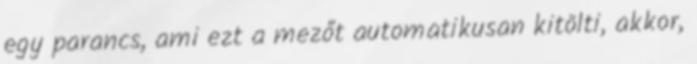
egy parancs, ami ezt a mezőt automatikusan kitölti, akkor,